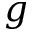
g